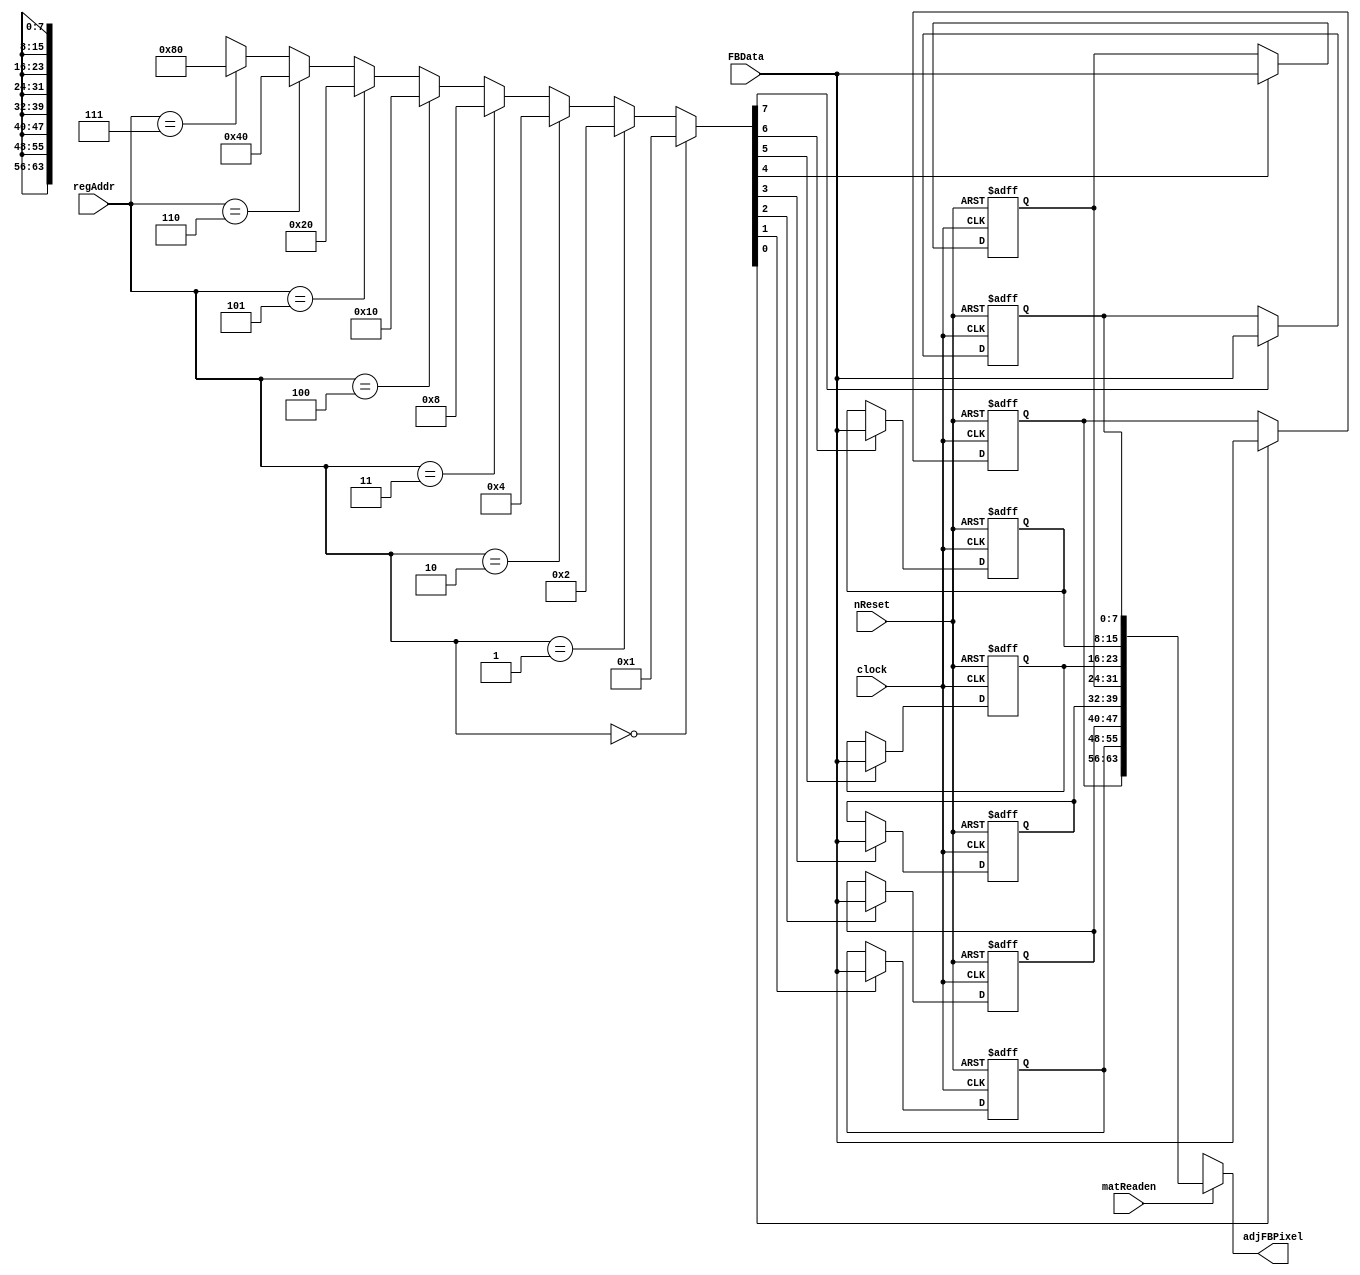
// This program was cloned from: https://github.com/ISKU/Autonomous-Drone-Design
// License: GNU General Public License v3.0

module Mat_Reg (clock, nReset, matReaden, regAddr, FBData, adjFBPixel);
	input clock;
	input nReset;
	input matReaden; // Datapath input    
	input [2:0] regAddr; //  
	input [7:0] FBData; //   
	output [63:0] adjFBPixel; //  8   

	reg [7:0] r1, r2, r3, r4, r5, r6, r7, r8; //  8   
	
	//        8   .
	wire [7:0] decoder;
	assign decoder =
		(regAddr == 4'd0) ? 9'd1 :
		(regAddr == 4'd1) ? 9'd2 :
		(regAddr == 4'd2) ? 9'd4 :
		(regAddr == 4'd3) ? 9'd8 :
		(regAddr == 4'd4) ? 9'd16 :
		(regAddr == 4'd5) ? 9'd32 :
		(regAddr == 4'd6) ? 9'd64 :
		(regAddr == 4'd7) ? 9'd128 : 8'bx;
	
	//  
	always @ (posedge clock or negedge nReset)
		if (!nReset)
			r1 <= 8'bx;
		else if (decoder[0])
			r1 <= FBData;

	always @ (posedge clock or negedge nReset)
		if (!nReset)
			r2 <= 8'bx;
		else if (decoder[1])
			r2 <= FBData;
			
	always @ (posedge clock or negedge nReset)
		if (!nReset)
			r3 <= 8'bx;
		else if (decoder[2])
			r3 <= FBData;
			
	always @ (posedge clock or negedge nReset)
		if (!nReset)
			r4 <= 8'bx;
		else if (decoder[3])
			r4 <= FBData;
			
	always @ (posedge clock or negedge nReset)
		if (!nReset)
			r5 <= 8'bx;
		else if (decoder[4])
			r5 <= FBData;
			
	always @ (posedge clock or negedge nReset)
		if (!nReset)
			r6 <= 8'bx;
		else if (decoder[5])
			r6 <= FBData;
			
	always @ (posedge clock or negedge nReset)
		if (!nReset)
			r7 <= 8'bx;
		else if (decoder[6])
			r7 <= FBData;
			
	always @ (posedge clock or negedge nReset)
		if (!nReset)
			r8 <= 8'bx;
		else if (decoder[7])
			r8 <= FBData;
	
	// matReaden 1   8     Output .
	assign adjFBPixel = (matReaden) ? {r1, r2, r3, r4, r5, r6, r7, r8} : 64'bx; // 8 
endmodule